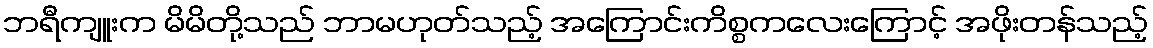
ဘရီကျူးက မိမိတို့သည် ဘာမဟုတ်သည့် အကြောင်းကိစ္စကလေးကြောင့် အဖိုးတန်သည့်